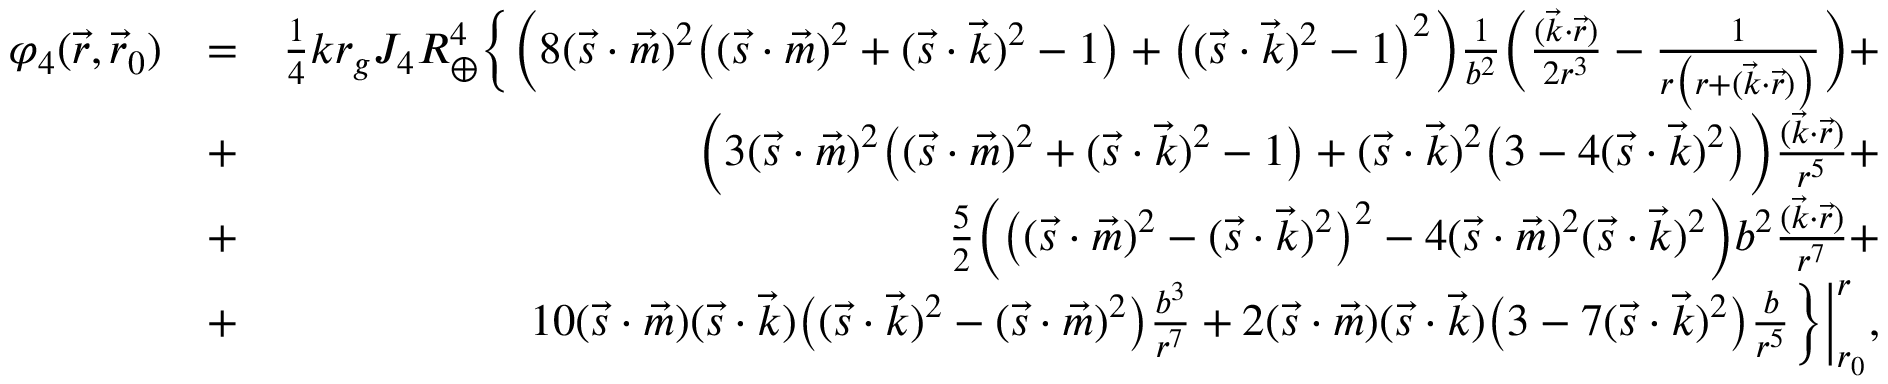
\begin{array} { r l r } { \varphi _ { 4 } ( \vec { r } , \vec { r } _ { 0 } ) } & { = } & { { \textstyle \frac { 1 } { 4 } } k r _ { g } J _ { 4 } R _ { \oplus } ^ { 4 } \Big \{ \Big ( 8 ( \vec { s } \cdot \vec { m } ) ^ { 2 } \big ( ( { \vec { s } } \cdot { \vec { m } } ) ^ { 2 } + ( { \vec { s } } \cdot { \vec { k } } ) ^ { 2 } - 1 \big ) + \big ( ( { \vec { s } } \cdot { \vec { k } } ) ^ { 2 } - 1 \big ) ^ { 2 } \Big ) \frac { 1 } { b ^ { 2 } } \Big ( \frac { ( \vec { k } \cdot \vec { r } ) } { 2 r ^ { 3 } } - \frac { 1 } { r \big ( r + ( { \vec { k } } \cdot { \vec { r } } ) \big ) } \Big ) + } \\ & { + } & { \Big ( 3 ( \vec { s } \cdot \vec { m } ) ^ { 2 } \big ( ( { \vec { s } } \cdot { \vec { m } } ) ^ { 2 } + ( { \vec { s } } \cdot { \vec { k } } ) ^ { 2 } - 1 \big ) + ( { \vec { s } } \cdot { \vec { k } } ) ^ { 2 } \big ( 3 - 4 ( { \vec { s } } \cdot { \vec { k } } ) ^ { 2 } \big ) \Big ) \frac { ( \vec { k } \cdot \vec { r } ) } { r ^ { 5 } } + } \\ & { + } & { { \textstyle \frac { 5 } { 2 } } \Big ( \big ( ( { \vec { s } } \cdot { \vec { m } } ) ^ { 2 } - ( { \vec { s } } \cdot { \vec { k } } ) ^ { 2 } \big ) ^ { 2 } - 4 ( { \vec { s } } \cdot { \vec { m } } ) ^ { 2 } ( { \vec { s } } \cdot { \vec { k } } ) ^ { 2 } \Big ) b ^ { 2 } \frac { ( \vec { k } \cdot \vec { r } ) } { r ^ { 7 } } + } \\ & { + } & { 1 0 ( { \vec { s } } \cdot { \vec { m } } ) ( { \vec { s } } \cdot { \vec { k } } ) \big ( ( { \vec { s } } \cdot { \vec { k } } ) ^ { 2 } - ( { \vec { s } } \cdot { \vec { m } } ) ^ { 2 } \big ) \frac { b ^ { 3 } } { r ^ { 7 } } + 2 ( { \vec { s } } \cdot { \vec { m } } ) ( { \vec { s } } \cdot { \vec { k } } ) \big ( 3 - 7 ( { \vec { s } } \cdot { \vec { k } } ) ^ { 2 } \big ) \frac { b } { r ^ { 5 } } \Big \} \Big | _ { r _ { 0 } } ^ { r } , } \end{array}